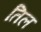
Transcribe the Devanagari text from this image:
तिल